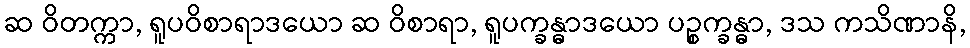
ဆ ဝိတက္ကာ, ရူပဝိစာရာဒယော ဆ ဝိစာရာ, ရူပက္ခန္ဓာဒယော ပဉ္စက္ခန္ဓာ, ဒသ ကသိဏာနိ,